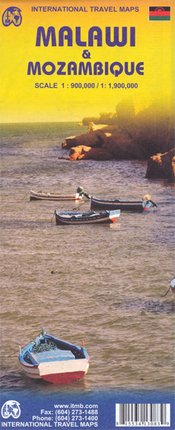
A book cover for Malawi & Mozambique 1:900T/1,900T ***2010***; International Travel maps; Travel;